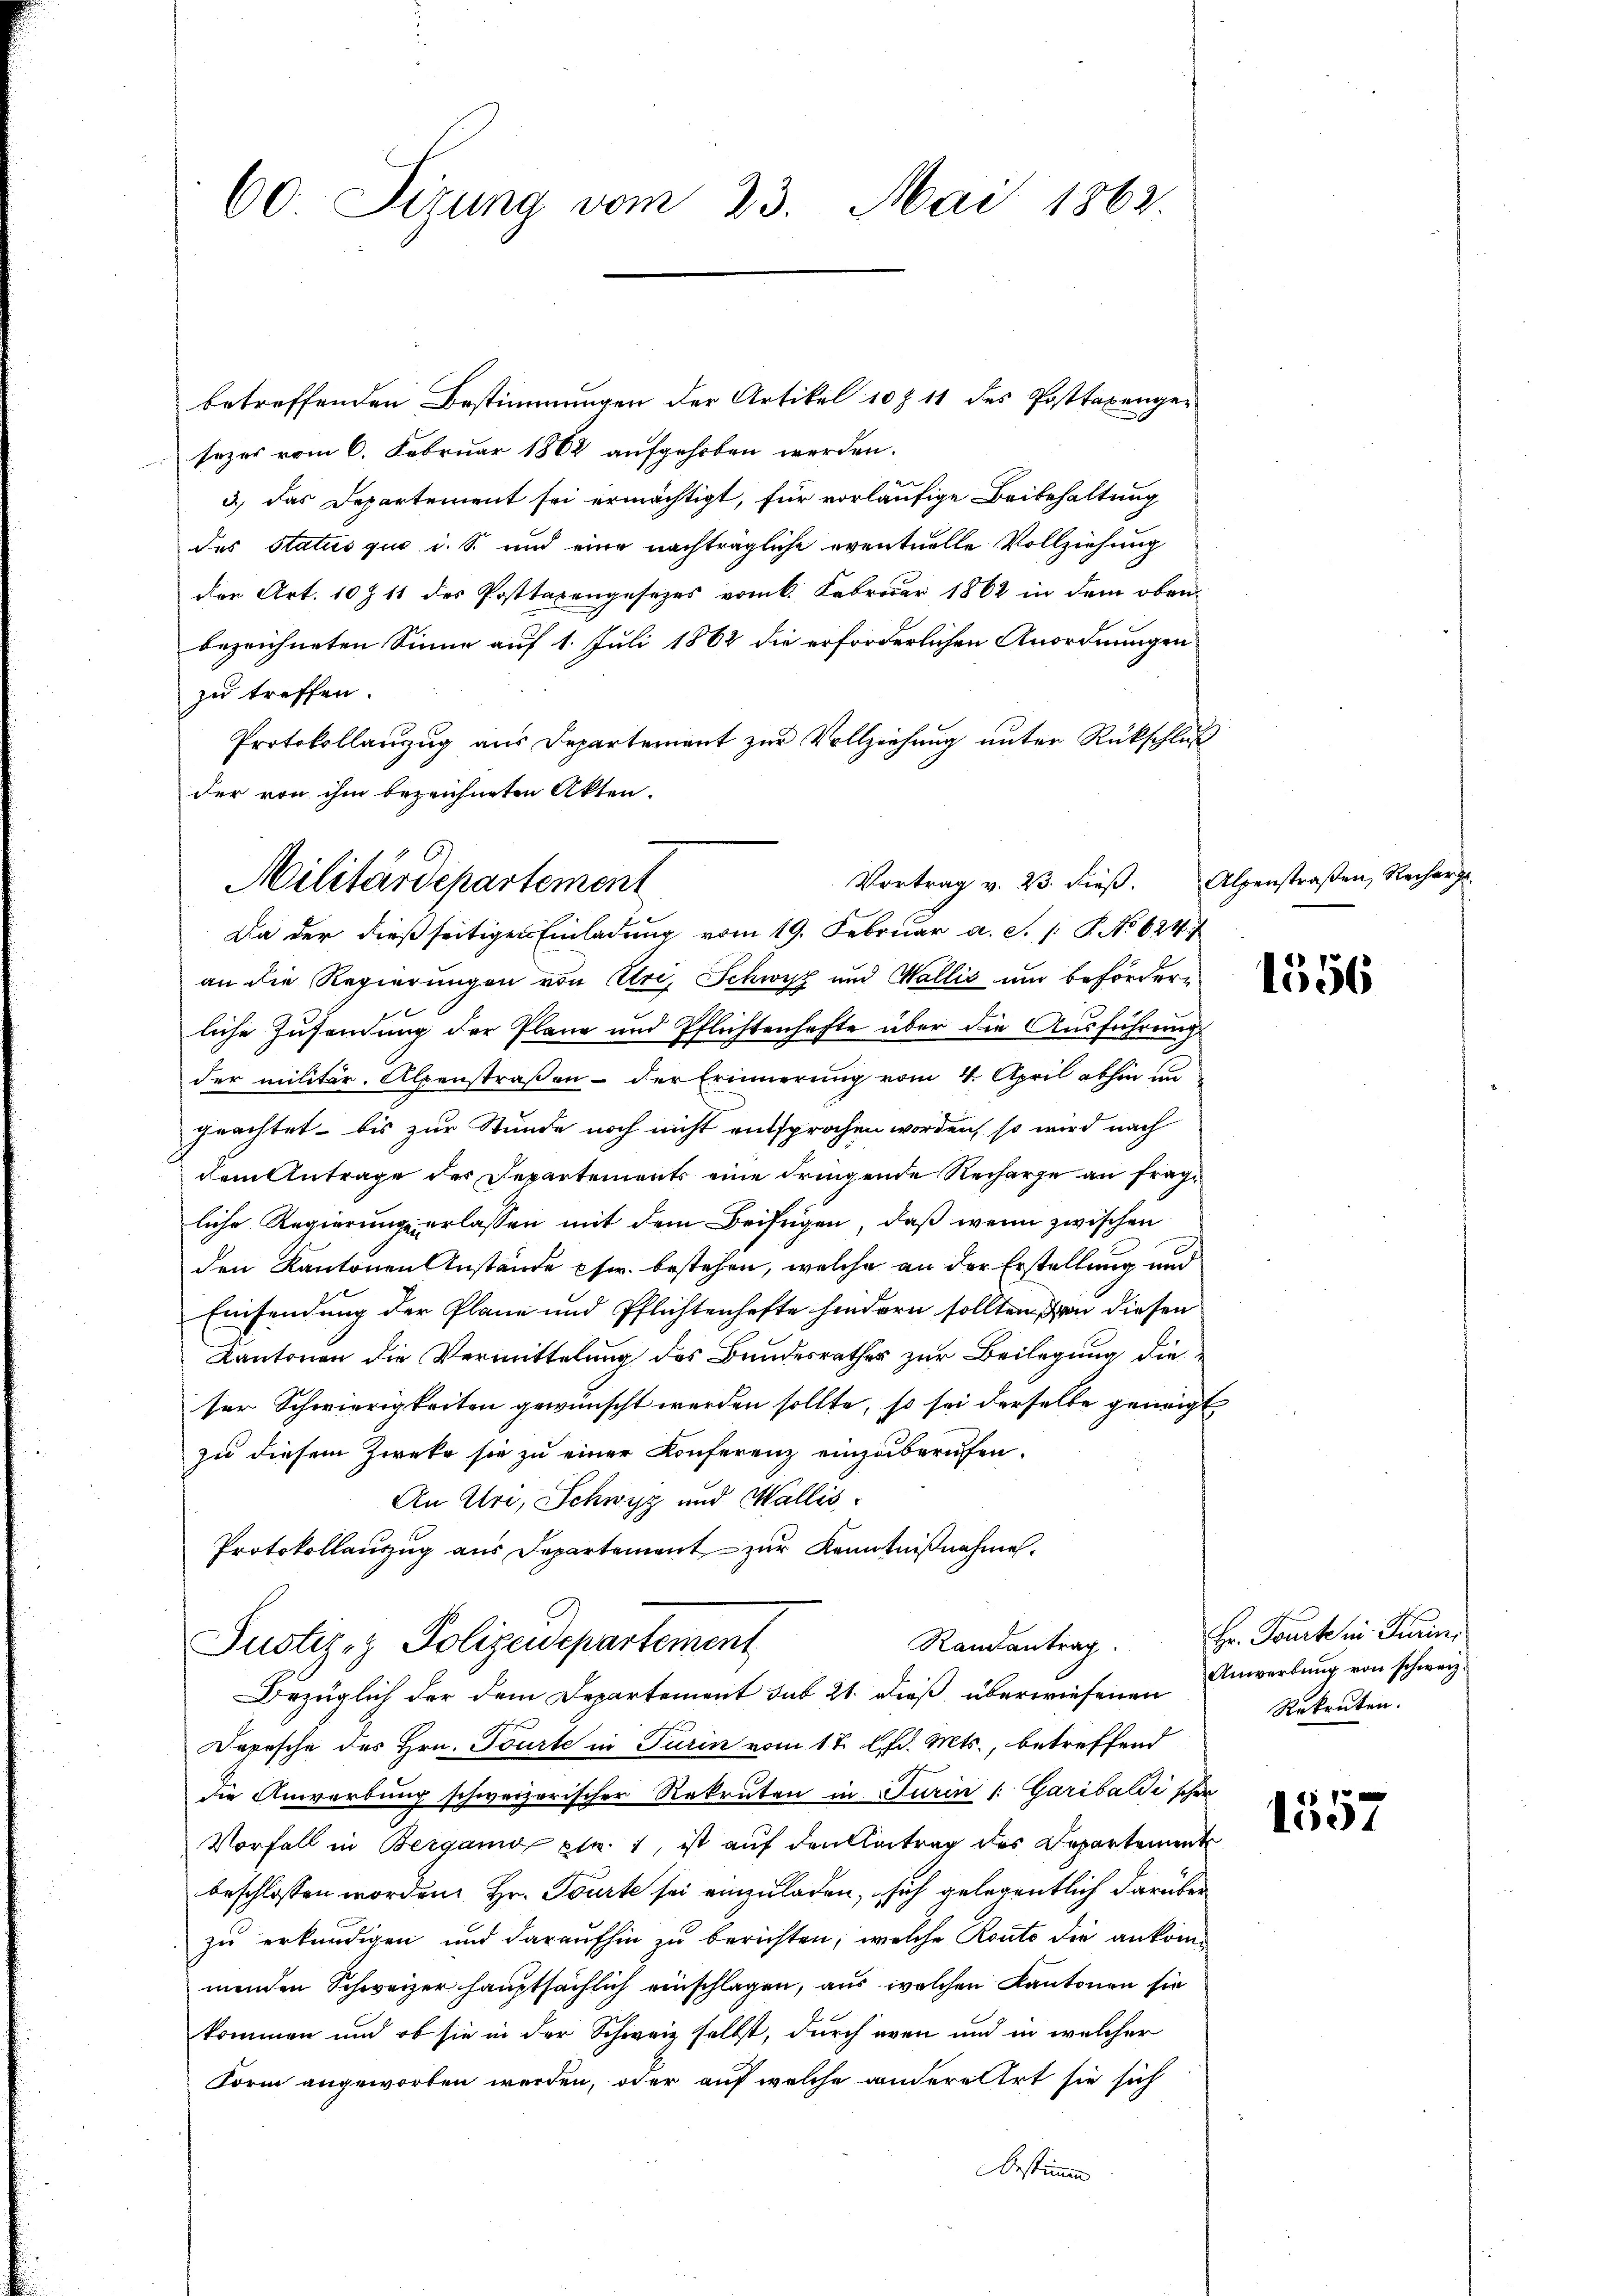
60 Sizung vom 23. Mai 1862.

betreffenden Bestimmungen der Artikel 10 f 11 des Posttaxengesezes vom 6. Februar 1862 aufgehoben werden.
3) das Departement sei ermächtigt, für vorläufige Beibehaltung
des Status quo i. S. und eine nachträgliche eventuelle Vollziehung
der Art. 10 Z 11 des Posttaxengesezes vom 6. Februar 1862 in dem oben
bezeichneten Sinne auf 1. Juli 1862 die erforderlichen Anordnungen
zu treffen.
Protokollanzug aus Departement zur Vollziehung unter Rückschluß
der von ihm bezeichneten Akten.
Da der dießseitigen Einladung vom 19. Februar a. S. 1: P. No 624./
an die Regierungen von Uri, Schwyz und Wallis und beförderliche Zusendung der Plane und Pflichtenhafte über die Ausführung
der militär. Alpenstraßen - der Erinnerung vom 4. April abhin un
geachtet - bis zur Stunde noch nicht entsprochen worden, so wird nach
dem Antrage der Departements eine dringende Recharge an fragliche Regierung erlassen mit dem Beifügen, daß wenn zwischen
den Kantonen Anstände Pfr. bestehen, welche an der Erstellung und
Einsendung der Plane und Pflichtenhefte hindern sollten von diesen
Kantonen die Vermittelung des Bundesrather zur Beilegung die
ser Schwierigkeiten gewünscht werden sollte, so sei derselbe geneigt,
zu diesem Zweke sie zu einer Konferenz einzuberufen.
An Uri, Schwyz und Wallis
Protokollanzug aus Departement zur Kenntnißnahme.
Randantrag
Justiz- & Polizeidepartement
Bezüglich der dem Departement sub 21. dieß überwiesenen Anwerbung von schweiz.
Depesche des Hrn. Tourte in Turin vom 17. d. Mts., betreffend
die Anwerbung schweizerischer Rekruten in Turin [Garibaldischen
Vorfall in Bergamo pr 1, ist auf den Antrag des Departement
beschlossen worden. Hr. Tourte sei einzuladen, sich gelegentlich darüber
zu erkundigen und daraufhin zu berichten, welche Routo die ankommenden Schweizer hauptsächlich einschlagen, aus welchen Kantonen sie
kommen und ob sie in der Schweiz selbst, durch even und in welcher
Form angeworben werden, oder auf welche andere Art sie sich
bestimmen

Militärdepartement

Vortrag v. 23. dieß. Alpenstraßen, Recharge.

s

1556

Hr. Tourt in Turin,
Rekruten.

1557